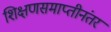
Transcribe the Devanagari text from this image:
शिक्षणसमाप्तीनंतर